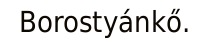
Borostyánkő.